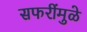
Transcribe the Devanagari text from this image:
सफरींमुळे